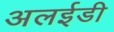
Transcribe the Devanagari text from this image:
अलईडी